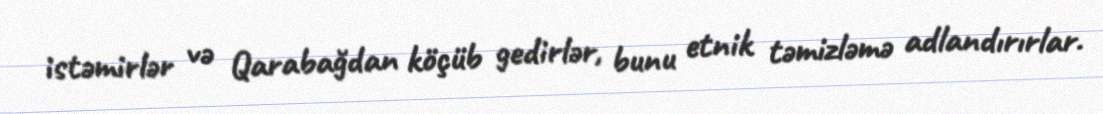
istəmirlər və Qarabağdan köçüb gedirlər, bunu etnik təmizləmə adlandırırlar.